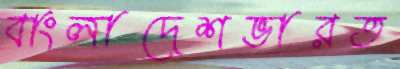
বাংলাদেশভারত